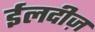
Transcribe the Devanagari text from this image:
ईलदीज़